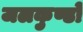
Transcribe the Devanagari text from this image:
जलकुण्डों